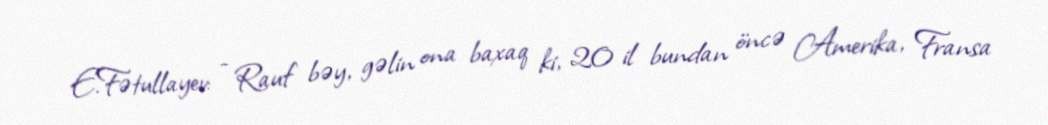
E.Fətullayev: - Rauf bəy, gəlin ona baxaq ki, 20 il bundan öncə Amerika, Fransa